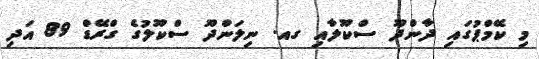
މި ކޭމްޕުގައި ދާންދޫ ސްކޫލާއި ގއ. ނިލަންދޫ ސްކޫލުގެ ގްރޭޑް 89 އަދި